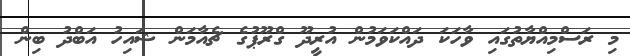
މި ރަސްމިއްޔާތުގައި ވާހަކަ ދައްކަވަމުން އުރީދޫ ގްރޫޕުގެ ޗެއާމަން ޝައިހު އަބްދު ބިން